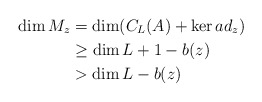
\begin{align*} \dim M_{z}&=\dim (C_{L}(A)+\ker ad_{z})\cr&\geq \dim L+1-b(z) \cr&> \dim L-b(z) \end{align*}